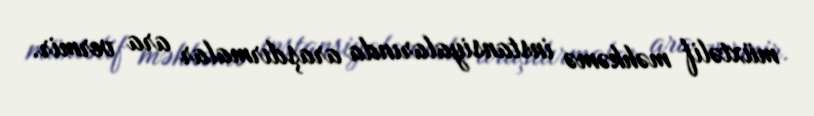
müxtəlif məhkəmə instansiyalarında araşdırmalar ara vermir.